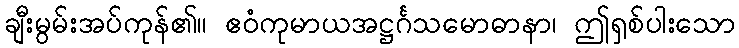
ချီးမွမ်းအပ်ကုန်၏။ ဧဝံကုမာယအဋ္ဌင်္ဂသမောဓာနာ၊ ဤရှစ်ပါးသော